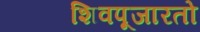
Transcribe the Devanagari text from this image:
शिवपूजारतो